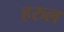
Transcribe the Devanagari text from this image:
हरुल